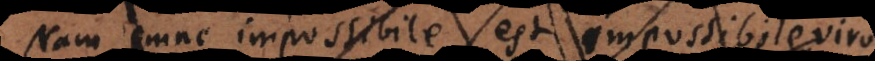
omne impossibile est impossibile viro